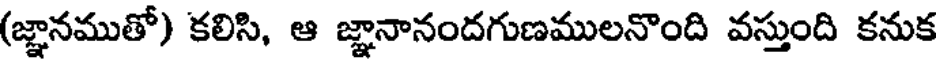
(జ్ఞానముతో) కలిసి, ఆ జ్ఞానానందగుణములనొంది వస్తుంది కనుక